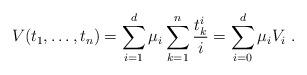
LaTeX: \begin{align*}V(t_1, \dots, t_n) = \sum_{i=1}^d \mu_i \sum_{k=1}^n \frac{t_k^{i}}{i} = \sum_{i=0}^d \mu_i V_{i}\ .\end{align*}